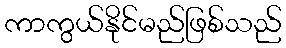
ကာကွယ်နိုင်မည်ဖြစ်သည်